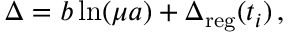
\Delta = b \ln ( \mu a ) + \Delta _ { \mathrm { r e g } } ( t _ { i } ) \, ,